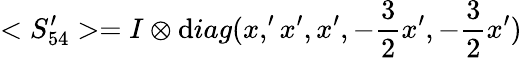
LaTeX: <S_{54}^{\prime}>=I\otimes\mathrm{d}iag(x,^{\prime}x^{\prime},x^{\prime},-{\frac{{3}}{{2}}}x^{\prime},-{\frac{{3}}{{2}}}x^{\prime})